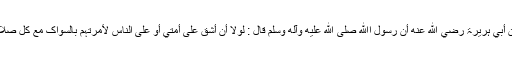
عَنْ أَبِي ہُرَیْرَۃَ رضي الله عنه أَنَّ رَسُوْلَ اﷲِ صلى الله عليه وآله وسلم قَالَ : لَوْلَا أَنْ أَشُقَّ عَلٰی أُمَّتِي أَوْ عَلَی النَّاسِ لَأَمَرْتُہُمْ بِالسِّوَاکِ مَعَ کُلِّ صَلَاۃٍ۔